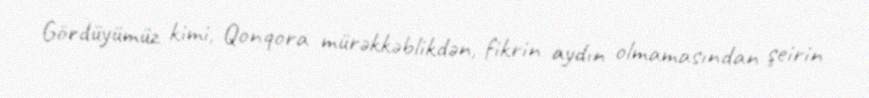
Gördüyümüz kimi, Qonqora mürəkkəblikdən, fikrin aydın olmamasından şeirin